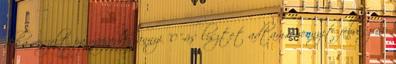
deka reszelt parmezánhoz annyi "0"-ás lisztet adtam,amennyit felvesz és